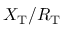
X _ { \mathrm { T } } / R _ { \mathrm { T } }